Annual report on the mental hospital in the Central Provinces and Berar (Nagpur) - 1927-1951
Year: 1927
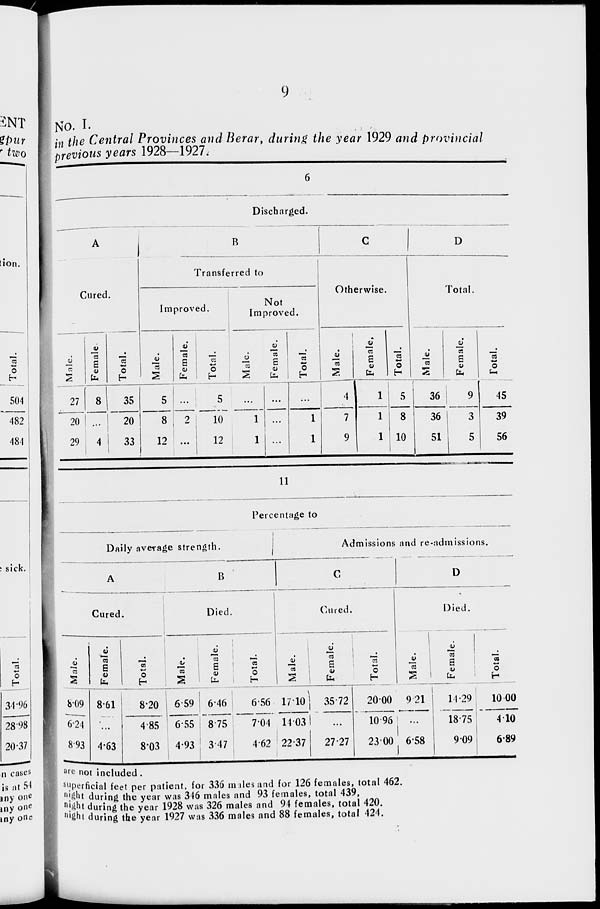
9
No. I.
in the Central Provinces and Berar, during the year 1929 and provincial
previous years 1928—1927.
6
Discharged.
A
Cured.
Male.
27
20
29
Female.
8
...
4
Total.
35
20
33
B
Transferred to
Improved.
Male.
5
8
12
Female.
...
2
...
Total.
5
10
12
Not
Improved.
Male.
...
1
1
Female.
...
...
...
Total.
...
1
1
C
Otherwise.
Male.
4
7
9
Female.
1
1
1
Total.
5
8
10
D
Total.
Male.
36
36
51
Female.
9
3
5
Total.
45
39
56
11
Percentage to
Daily average strength.
A
Cured.
Male.
8.09
6.24
8.93
Female.
8.61
...
4.63
Total.
8.20
4.85
8.03
B
Died.
Male.
6.59
6.55
4.93
Female.
6.46
8.75
3.47
Total.
6.56
7.04
4.62
Admissions and re-admissions.
C
Cured.
Male.
17.10
14.03
22.37
Female.
35.72
...
27.27
Total.
20.00
10.96
23.00
D
Died.
Male.
9.21
...
6.58
Female.
14.29
18.75
9.09
Total.
10.00
4.10
6.89
are not included .
superficial feet per patient, for 336 males and for 126 females, total 462.
night during the year was 346 males and 93 females, total 439.
night during the year 1928 was 326 males and 94 females, total 420.
night during the year 1927 was 336 males and 88 females, total 424.